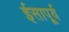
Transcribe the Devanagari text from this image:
ईसापू्र्व